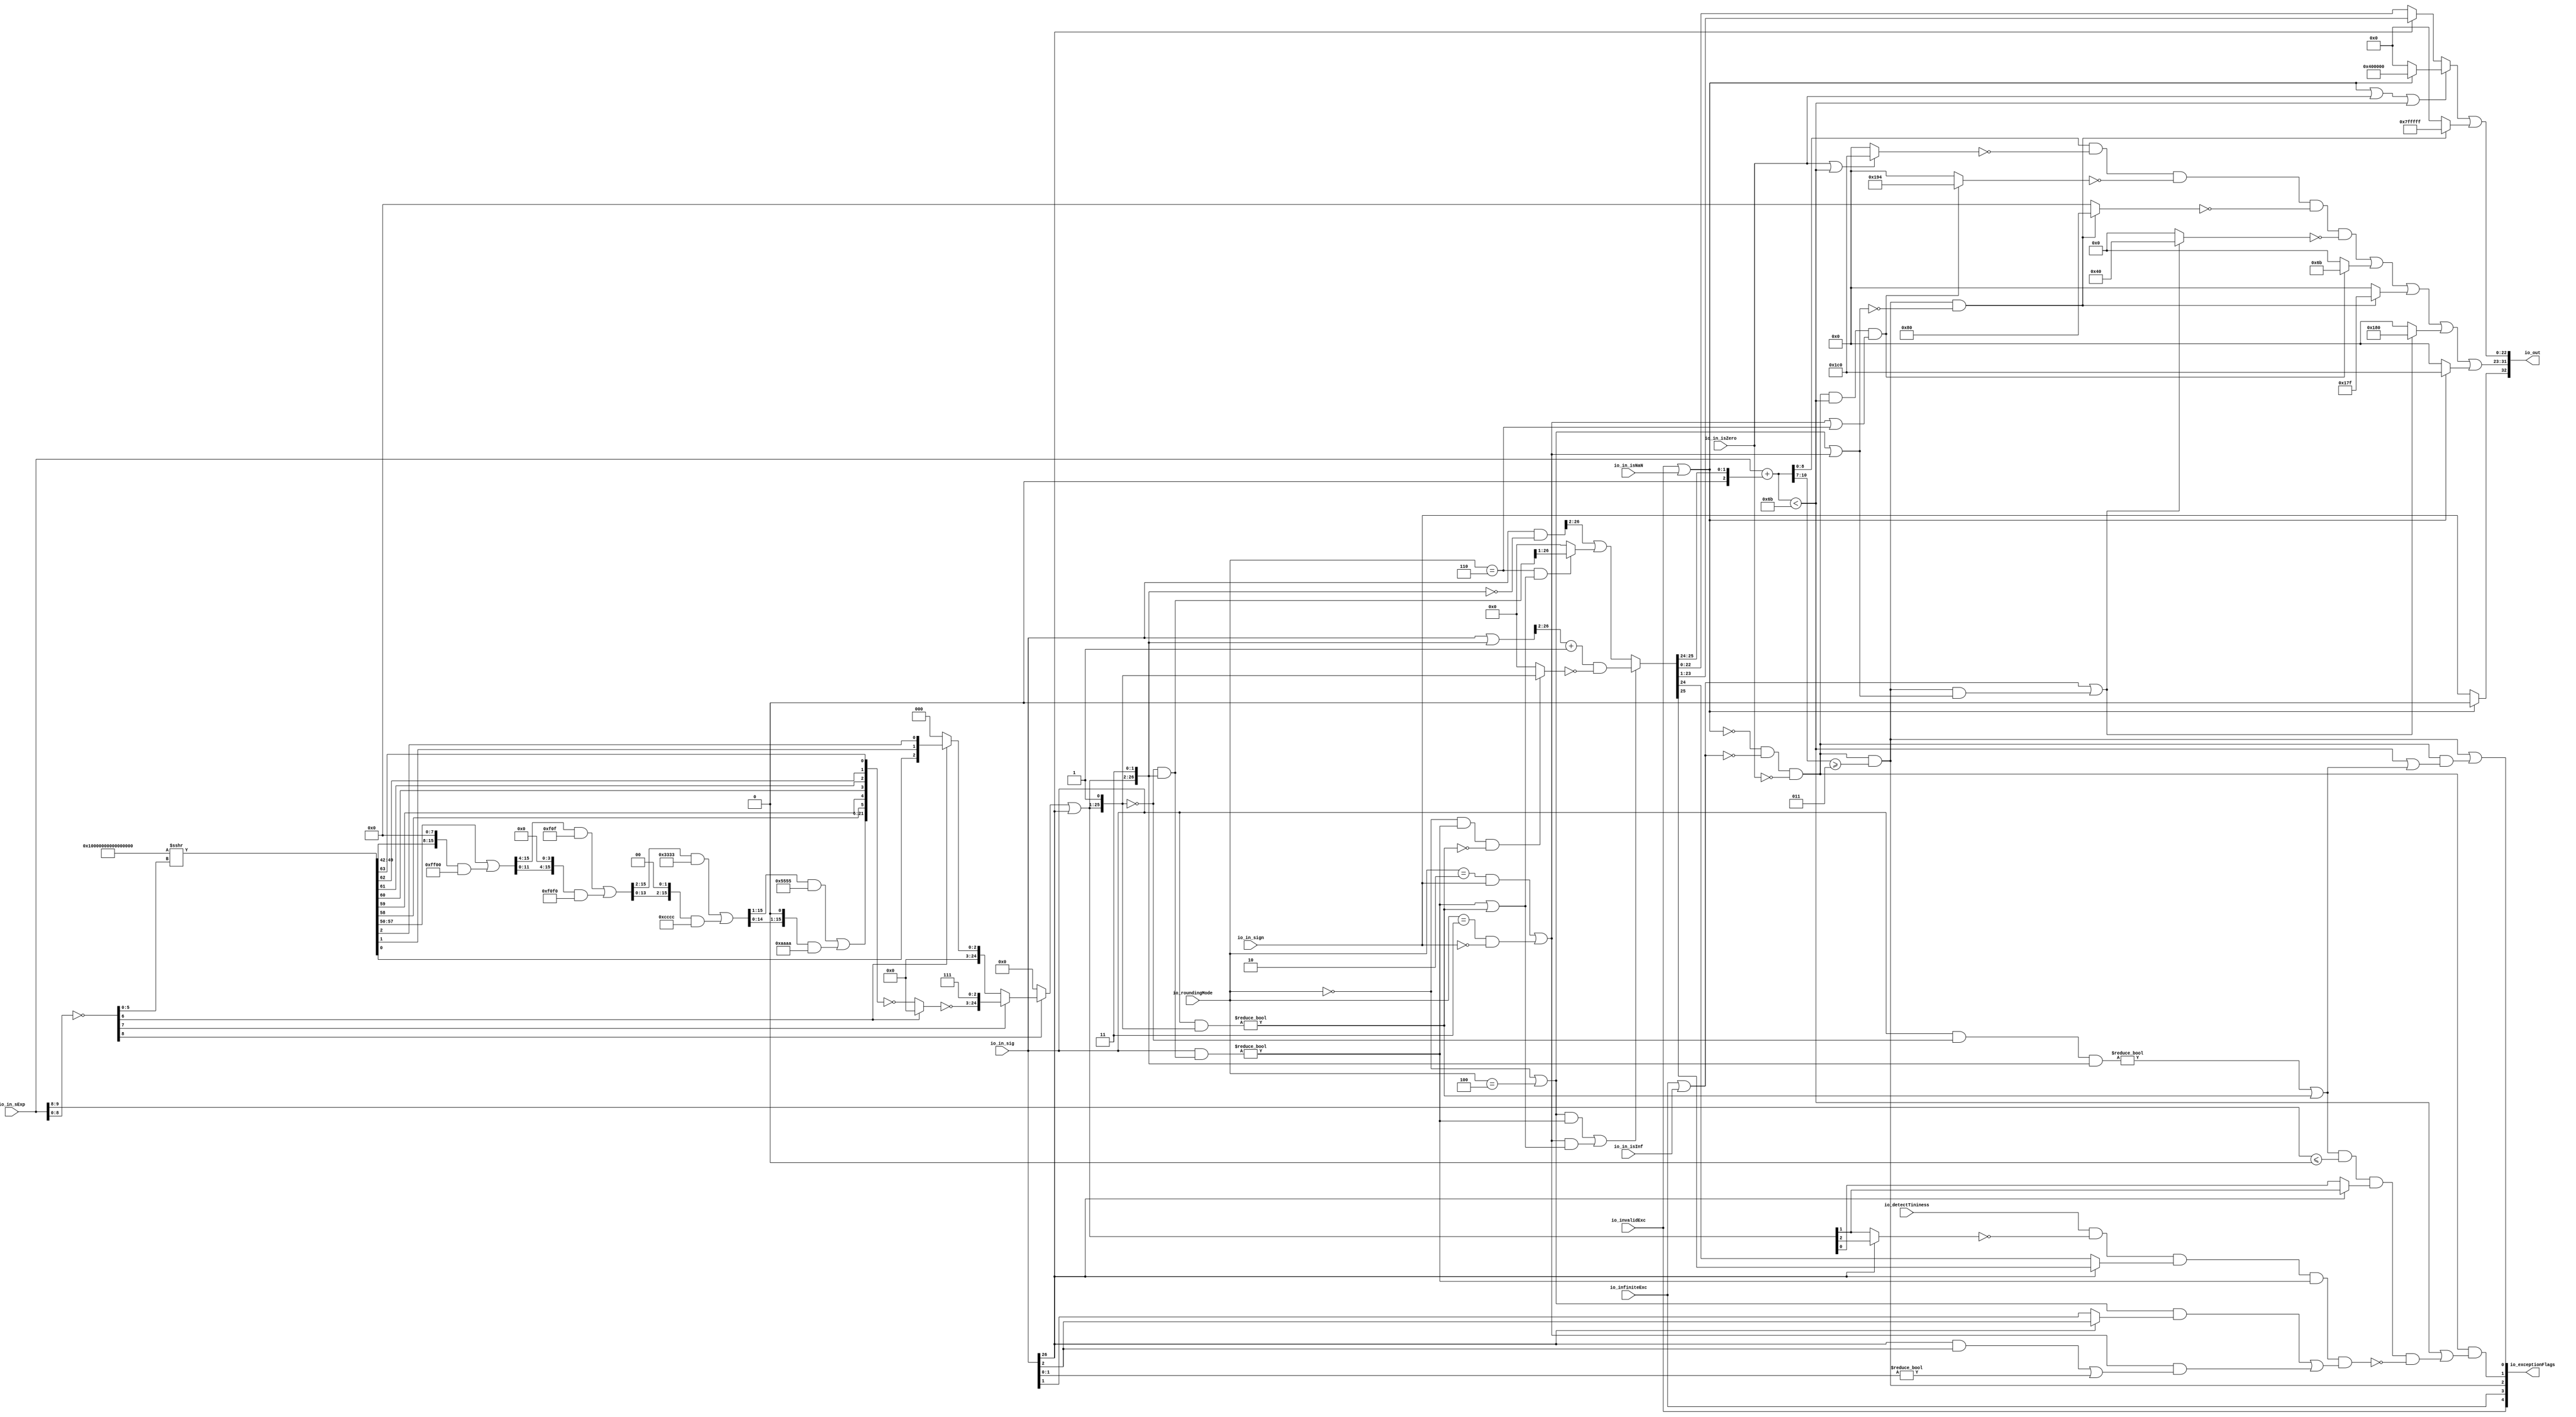
module RoundAnyRawFNToRecFN(
  input         io_invalidExc,
  input         io_infiniteExc,
  input         io_in_isNaN,
  input         io_in_isInf,
  input         io_in_isZero,
  input         io_in_sign,
  input  [9:0]  io_in_sExp,
  input  [26:0] io_in_sig,
  input  [2:0]  io_roundingMode,
  input         io_detectTininess,
  output [32:0] io_out,
  output [4:0]  io_exceptionFlags
);

  wire  roundingMode_near_even;
  wire  roundingMode_min;
  wire  roundingMode_max;
  wire  roundingMode_near_maxMag;
  wire  roundingMode_odd;
  wire  roundMagUp;
  wire  doShiftSigDown1;
  wire [8:0] common_expOut;
  wire [22:0] common_fractOut;
  wire  common_overflow;
  wire  common_totalUnderflow;
  wire  common_underflow;
  wire  common_inexact;
  wire  isNaNOut;
  wire  notNaN_isSpecialInfOut;
  wire  commonCase;
  wire  overflow;
  wire  underflow;
  wire  inexact;
  wire  overflow_roundMagUp;
  wire  pegMinNonzeroMagOut;
  wire  pegMaxFiniteMagOut;
  wire  notNaN_isInfOut;
  wire  signOut;
  wire [8:0] expOut;
  wire [22:0] fractOut;

`define MY_ASSIGNMENT
`ifdef MY_ASSIGNMENT
  assign roundingMode_near_even = io_roundingMode == 3'h0;
  assign roundingMode_min = io_roundingMode == 3'h2;
  assign roundingMode_max = io_roundingMode == 3'h3;
  assign roundingMode_near_maxMag = io_roundingMode == 3'h4;
  assign roundingMode_odd = io_roundingMode == 3'h6;
  assign roundMagUp = (roundingMode_min & io_in_sign) | (roundingMode_max & !io_in_sign);
  assign doShiftSigDown1 = io_in_sig[26];

  wire [8:0] _T_4 = ~ io_in_sExp[8:0];
  wire [64:0] _T_11 = $signed(-65'sh10000000000000000) >>> _T_4[5:0];
  wire [21:0] _T_12 = _T_11[63:42];
  wire [15:0] _T_22 = ({{8'd0}, _T_12[15:8]}) | ({_T_12[7:0], 8'h0} & 16'hff00);
  wire [15:0] _T_32 = ({{4'd0}, _T_22[15:4]} & 16'hf0f) | ({_T_22[11:0], 4'h0} & 16'hf0f0);
  wire [15:0] _T_42 = ({{2'd0}, _T_32[15:2]} & 16'h3333) | ({_T_32[13:0], 2'h0} & 16'hcccc);
  wire [15:0] _T_52 = ({{1'd0}, _T_42[15:1]} & 16'h5555) | ({_T_42[14:0], 1'h0} & 16'haaaa);
  wire [21:0] _T_69 = {_T_52,_T_12[16],_T_12[17],_T_12[18],_T_12[19],_T_12[20],_T_12[21]};
  wire [21:0] _T_71 = _T_4[6] ? 22'h0 : (~ _T_69);
  wire [2:0] _T_84 = _T_4[6] ? {_T_11[0],_T_11[1],_T_11[2]} : 3'h0;
  wire [24:0] _T_85 = _T_4[7] ? {(~ _T_71), 3'h7} : {{22'd0}, _T_84};
  wire [24:0] _T_86 = _T_4[8] ? _T_85 : 25'h0;
  wire [26:0] _T_88 = {(_T_86 | {{24'd0}, doShiftSigDown1}), 2'h3};
  wire [26:0] _T_92 = (~ {1'h0, _T_88[26:1]}) & _T_88;
  wire [26:0] _T_93 = io_in_sig & _T_92;
  wire [26:0] _T_102 = io_in_sig | _T_88;
  wire [25:0] _T_104 = _T_102[26:2] + 25'h1;
  wire [25:0] _T_109 = (roundingMode_near_even & (_T_93 != 27'h0) & !((io_in_sig & {1'h0, _T_88[26:1]}) != 27'h0)) ? _T_88[26:1] : 26'h0;
  wire [25:0] _T_111 = _T_104 & (~ _T_109);
  wire [26:0] _T_113 = io_in_sig & (~ _T_88);
  wire [26:0] _T_95 = io_in_sig & {1'h0, _T_88[26:1]};
  wire [25:0] _T_117 = (roundingMode_odd & ((_T_93 != 27'h0) | (_T_95 != 27'h0))) ? _T_92[26:1] : 26'h0;
  wire [25:0] _T_118 = {{1'd0}, _T_113[26:2]} | _T_117;
  wire [25:0] _T_119 = (((roundingMode_near_even | roundingMode_near_maxMag) & (_T_93 != 27'h0)) | (roundMagUp & ((_T_93 != 27'h0) | ((io_in_sig & {1'h0, _T_88[26:1]}) != 27'h0)))) ? _T_111 : _T_118;
  wire [10:0] _T_122 = $signed(io_in_sExp) + $signed({8'h00, $signed(_T_119[25:24])});
  assign common_expOut = _T_122[8:0];

  assign common_fractOut = doShiftSigDown1 ? _T_119[23:1] : _T_119[22:0];
  assign common_overflow = $signed(_T_122[10:7]) >= $signed(4'sh3);
  assign common_totalUnderflow = $signed(_T_122) < $signed(11'sh6b);

  wire _T_144 = doShiftSigDown1 ? _T_119[25] : _T_119[24];
  wire _T_155 = doShiftSigDown1 ? _T_88[4] : _T_88[3];
  wire _T_132 = doShiftSigDown1 ? io_in_sig[2] : io_in_sig[1];
  wire _T_141 = ((roundingMode_near_even | roundingMode_near_maxMag) & _T_132) | (roundMagUp & ((doShiftSigDown1 & io_in_sig[2]) | (io_in_sig[1:0] != 2'h0)));
  wire _T_160 = io_detectTininess & !_T_155 & _T_144 & (_T_93 != 27'h0) & _T_141;
  wire _T_150 = doShiftSigDown1 ? _T_88[3] : _T_88[2];
  wire _T_146 = $signed(io_in_sExp[9:8]) <= $signed(2'sh0);
  wire _T_97 = ((io_in_sig & (~ {1'h0,_T_88[26:1]}) & _T_88) != 27'h0) | ((io_in_sig & {1'h0, _T_88[26:1]}) != 27'h0);
  assign common_underflow = common_totalUnderflow | (_T_97 & _T_146 & _T_150 & !_T_160);

  assign common_inexact = common_totalUnderflow | _T_97;
  assign isNaNOut = io_invalidExc | io_in_isNaN;
  assign notNaN_isSpecialInfOut = io_infiniteExc | io_in_isInf;
  assign commonCase = !isNaNOut & !notNaN_isSpecialInfOut & !io_in_isZero;
  assign overflow = commonCase & common_overflow;
  assign underflow = commonCase & common_underflow;
  assign inexact = overflow | (commonCase & common_inexact);
  assign overflow_roundMagUp = roundingMode_near_even | roundingMode_near_maxMag | roundMagUp;
  assign pegMinNonzeroMagOut = commonCase & common_totalUnderflow & (roundMagUp | roundingMode_odd);
  assign pegMaxFiniteMagOut = overflow & !overflow_roundMagUp;
  assign notNaN_isInfOut = notNaN_isSpecialInfOut | (overflow & overflow_roundMagUp);
  assign signOut = isNaNOut ? 1'h0 : io_in_sign;

  wire [8:0] _T_188 = common_expOut 
			& (~ (io_in_isZero | common_totalUnderflow ? 9'h1c0 : 9'h0)) 
			& (~ (pegMinNonzeroMagOut ? 9'h194 : 9'h0)) 
			& (~ (pegMaxFiniteMagOut ? 9'h80 : 9'h0)) 
			& (~ (notNaN_isInfOut ? 9'h40 : 9'h0))
			;
  assign expOut = _T_188 
		| (pegMinNonzeroMagOut ? 9'h6b : 9'h0) 
		| (pegMaxFiniteMagOut ? 9'h17f : 9'h0) 
		| (notNaN_isInfOut ? 9'h180 : 9'h0) 
		| (isNaNOut ? 9'h1c0 : 9'h0)
		;
  wire [22:0] _T_198 = isNaNOut ? 23'h400000 : 23'h0;
  assign fractOut = ((isNaNOut | io_in_isZero | common_totalUnderflow) ? _T_198 : common_fractOut) 
			| (pegMaxFiniteMagOut ? 23'h7fffff : 23'h0)
			;
  assign io_out = {signOut, expOut, fractOut};
  assign io_exceptionFlags = {io_invalidExc, io_infiniteExc, overflow, underflow, inexact};

`endif // MY_ASSIGNMENT

endmodule